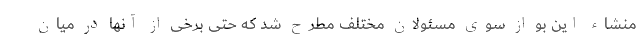
منشاء این بو از سوی مسئولان مختلف مطرح شد که حتی برخی از آنها در میان